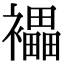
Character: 𧞭